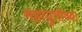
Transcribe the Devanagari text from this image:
महायुतीच्या